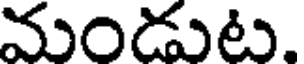
మండుట.